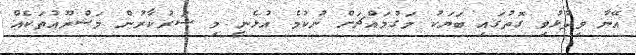
އޭނާ ވިދާޅުވި ގޮތުގައި ބަޔަކު މަގުމައްޗަށް ނުކުމެ އުޅެނީ މި ސަރުކާރުން މަޝްރޫއުތަކެއް